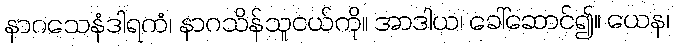
နာဂသေနံဒါရကံ၊ နာဂသိန်သူငယ်ကို။ အာဒါယ၊ ခေါ်ဆောင်၍။ ယေန၊